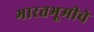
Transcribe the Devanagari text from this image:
भारतभूमीचे